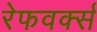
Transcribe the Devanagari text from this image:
रेफवर्क्स